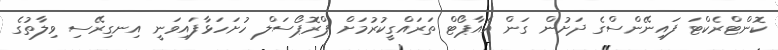
ކޮންޓްރެކްޓަ ފައިނޭންސްގެ ދަށުން ގަން އެއާޕޯޓް ތަރައްގީކުރުމަށް ޕްރޮޕޯސަލް ހުށަހަޅާފައިވަނީ އިނގިރޭސި ވިލާތުގެ